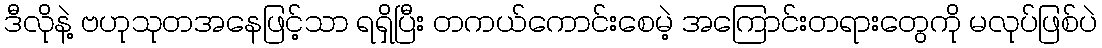
ဒီလိုနဲ့ ဗဟုသုတအနေဖြင့်သာ ရရှိပြီး တကယ်ကောင်းစေမဲ့ အကြောင်းတရားတွေကို မလုပ်ဖြစ်ပဲ